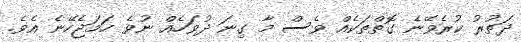
ދަތުރު ކުރެވޭނެ ގޮތްތަކެއް ވެސް މާ ގިނަ ދުވަހެއް ނުވެ ހަމަޖެހޭނެ އެވެ.